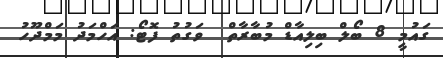
ގައުމީ 8 ބޯލް ބިލިއާޑް މުބާރާތް  ވަގުތު ފޮޓޯ: އަހްމަދު މަމްދޫހު